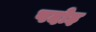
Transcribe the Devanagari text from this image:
पदोइ